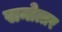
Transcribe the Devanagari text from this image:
सनोत्तर